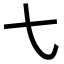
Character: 𫠠